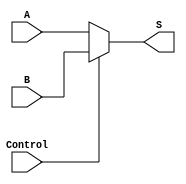
`timescale 1ns / 1ps
//////////////////////////////////////////////////////////////////////////////////
// Company: 
// Engineer: 
// 
// Design Name: 
// Module Name: DataSelect32
// Project Name: 
// Target Devices: 
// Tool Versions: 
// Description: 
// 
// Dependencies: 
// 
// Revision:
// Revision 0.01 - File Created
// Additional Comments:
// 
//////////////////////////////////////////////////////////////////////////////////


module DataSelect32(
    input [31:0] A,
    input [31:0] B,
    input Control,
    output [31:0] S
    );
    assign S = (Control == 1'b0 ? A : B);
endmodule